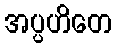
အပ္ပဟိတေ